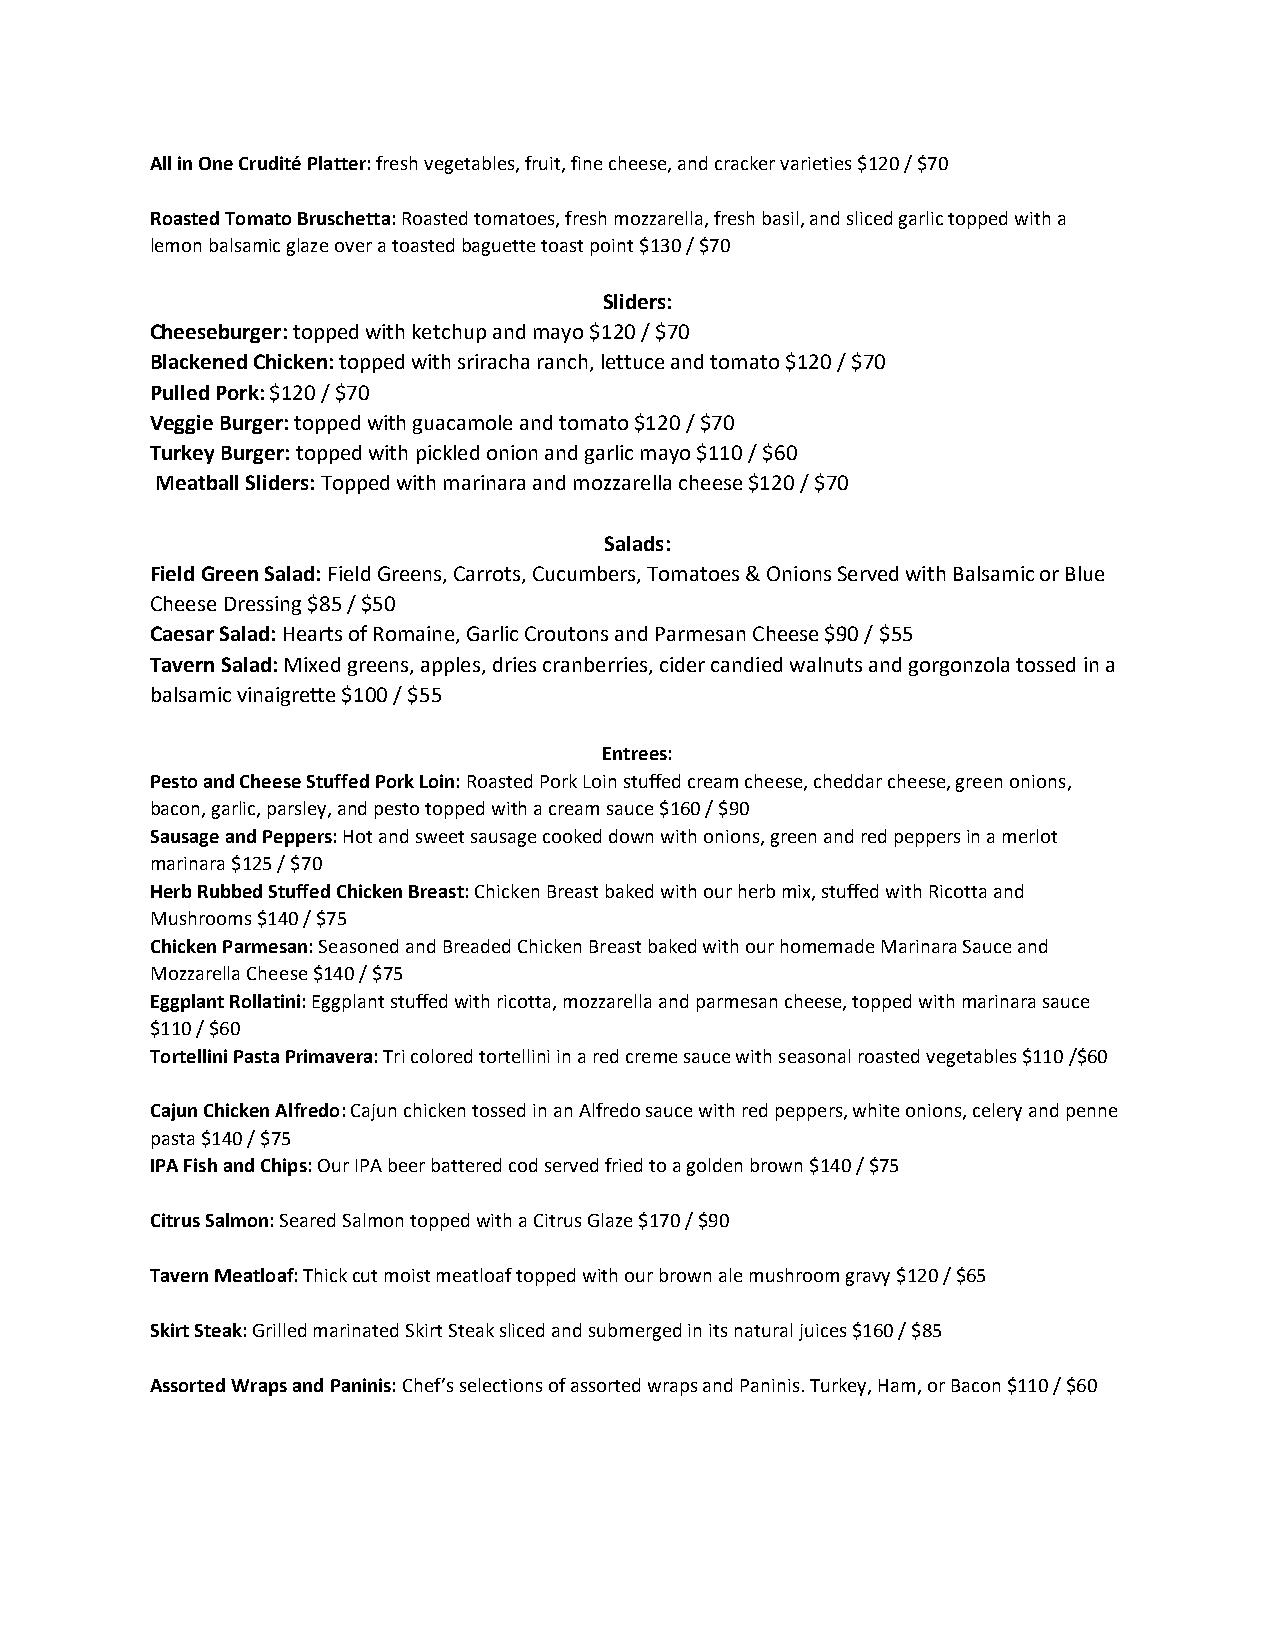
All in One Crudité Platter: fresh vegetables, fruit, fine cheese, and cracker varieties $120 / $70
 Roasted Tomato Bruschetta: Roasted tomatoes, fresh mozzarella, fresh basil, and sliced garlic topped with a
 lemon balsamic glaze over a toasted baguette toast point $130 / $70
 Sliders:
 Cheeseburger: topped with ketchup and mayo $120 / $70
 Blackened Chicken: topped with sriracha ranch, lettuce and tomato $120 / $70
 Pulled Pork: $120 / $70
 Veggie Burger: topped with guacamole and tomato $120 / $70
 Turkey Burger: topped with pickled onion and garlic mayo $110 / $60
 Meatball Sliders: Topped with marinara and mozzarella cheese $120 / $70
 Salads:
 Field Green Salad: Field Greens, Carrots, Cucumbers, Tomatoes & Onions Served with Balsamic or Blue
 Cheese Dressing $85 / $50
 Caesar Salad: Hearts of Romaine, Garlic Croutons and Parmesan Cheese $90 / $55
 Tavern Salad: Mixed greens, apples, dries cranberries, cider candied walnuts and gorgonzola tossed in a
 balsamic vinaigrette $100 / $55
 Entrees:
 Pesto and Cheese Stuffed Pork Loin: Roasted Pork Loin stuffed cream cheese, cheddar cheese, green onions,
 bacon, garlic, parsley, and pesto topped with a cream sauce $160 / $90
 Sausage and Peppers: Hot and sweet sausage cooked down with onions, green and red peppers in a merlot
 marinara $125 / $70
 Herb Rubbed Stuffed Chicken Breast: Chicken Breast baked with our herb mix, stuffed with Ricotta and
 Mushrooms $140 / $75
 Chicken Parmesan: Seasoned and Breaded Chicken Breast baked with our homemade Marinara Sauce and
 Mozzarella Cheese $140 / $75
 Eggplant Rollatini: Eggplant stuffed with ricotta, mozzarella and parmesan cheese, topped with marinara sauce
 $110 / $60
 Tortellini Pasta Primavera: Tri colored tortellini in a red creme sauce with seasonal roasted vegetables $110 /$60
 Cajun Chicken Alfredo: Cajun chicken tossed in an Alfredo sauce with red peppers, white onions, celery and penne
 pasta $140 / $75
 IPA Fish and Chips: Our IPA beer battered cod served fried to a golden brown $140 / $75
 Citrus Salmon: Seared Salmon topped with a Citrus Glaze $170 / $90
 Tavern Meatloaf: Thick cut moist meatloaf topped with our brown ale mushroom gravy $120 / $65
 Skirt Steak: Grilled marinated Skirt Steak sliced and submerged in its natural juices $160 / $85
 Assorted Wraps and Paninis: Chef’s selections of assorted wraps and Paninis. Turkey, Ham, or Bacon $110 / $60